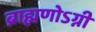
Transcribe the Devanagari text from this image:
ब्राह्मणोऽग्नी